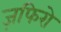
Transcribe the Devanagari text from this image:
ज़फिरो